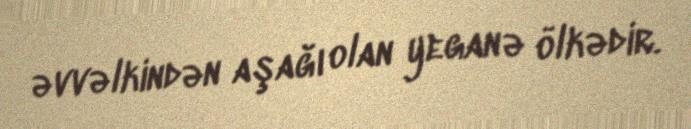
əvvəlkindən aşağı olan yeganə ölkədir.